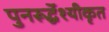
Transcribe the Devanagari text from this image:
पुनरूर्द्धेश्यीकृत